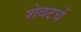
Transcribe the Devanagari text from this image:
शेवटचें